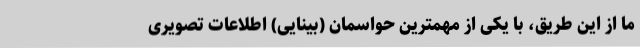
ما از این طریق، با یکی از مهمترین حواسمان (بینایی) اطلاعات تصویری